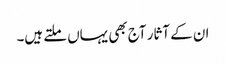
ان کے آثار آج بھی یہاں ملتے ہیں۔